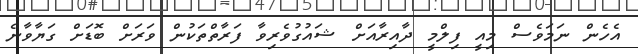
އެހެން ނަމަވެސް މިއީ ފިލްމީ ދާއިރާއަށް ޝައުގުވެރިވާ ފަރާތްތަކުން ވަރަށް ބޮޑަށް ގަޔާވާނެ